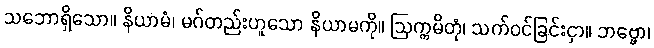
သဘောရှိသော။ နိယာမံ၊ မဂ်တည်းဟူသော နိယာမကို။ ဩက္ကမိတုံ၊ သက်ဝင်ခြင်းငှာ။ ဘဗ္ဗော၊